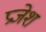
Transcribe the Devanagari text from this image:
प्रजेश